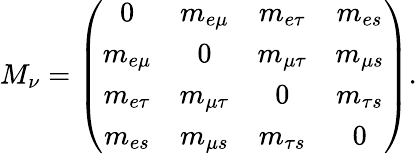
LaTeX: M_{\nu}=\left(\begin{array}{cccc}{{0}}&{{m_{e\mu}}}&{{m_{e\tau}}}&{{m_{es}}}\\ {{m_{e\mu}}}&{{0}}&{{m_{\mu\tau}}}&{{m_{\mu s}}}\\ {{m_{e\tau}}}&{{m_{\mu\tau}}}&{{0}}&{{m_{\tau s}}}\\ {{m_{es}}}&{{m_{\mu s}}}&{{m_{\tau s}}}&{{0}}\end{array}\right).